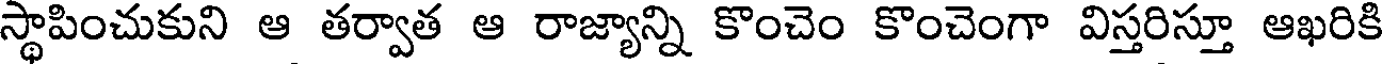
స్థాపించుకుని ఆ తర్వాత ఆ రాజ్యాన్ని కొంచెం కొంచెంగా విస్తరిస్తూ ఆఖరికి